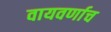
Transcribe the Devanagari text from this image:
वायवर्णाच